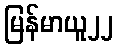
မြန်မာယူ၂၂